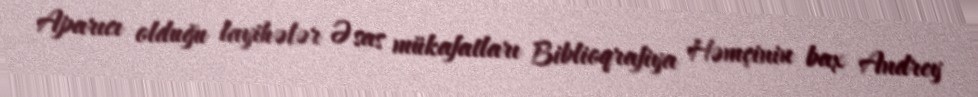
Aparıcı olduğu layihələr Əsas mükafatları Biblioqrafiya Həmçinin bax Andrey